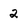
Character: 2